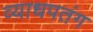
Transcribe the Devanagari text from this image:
व्याधपतंग